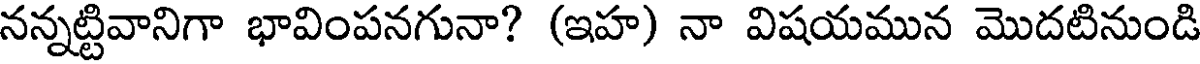
నన్నట్టివానిగా భావింపనగునా? (ఇహ) నా విషయమున మొదటినుండి